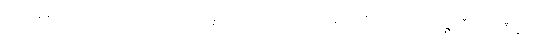
တမလွန်လောကကိုယုံကြည်၍ပေးလှူအပ်သော အလှူကိုခံကိုထိုက်သည်။ အဉ္ဇလီကရဏီယော၊